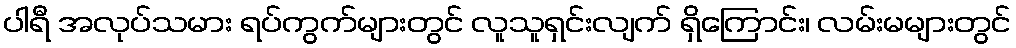
ပါရီ အလုပ်သမား ရပ်ကွက်များတွင် လူသူရှင်းလျက် ရှိကြောင်း၊ လမ်းမများတွင်